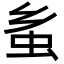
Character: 蚃